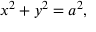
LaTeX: x ^ { 2 } + y ^ { 2 } = a ^ { 2 } ,